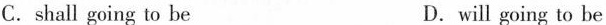
C. shall going to be D.will going to be